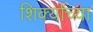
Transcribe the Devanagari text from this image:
शिर्क्यांच्या